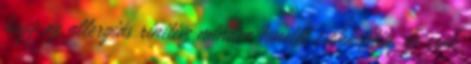
hogy az allergiás rinitisz minden tünetét csökkentik, de csak